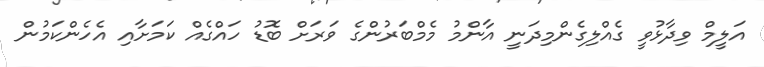
އަލީމް ވިދާޅުވީ ގެއްލިގެންމިދަނީ އާންމު މެމްބަރުންގެ ވަރަށް ބޮޑު ހައްގެއް ކަމަށާއި އެހެންކަމުން